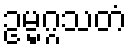
ဥမ္မဂ္ဂသတံ